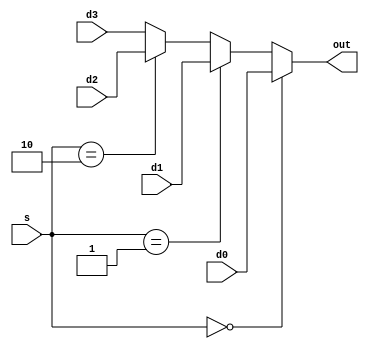
module Mux4(s, d0, d1, d2, d3, out);
	parameter BIT_WIDTH = 32;
	input [1 : 0] s;
	input [BIT_WIDTH - 1 : 0] d0, d1, d2, d3;
	output [BIT_WIDTH - 1 : 0] out;
	assign out = (s == 0) ? d0 : (s == 1) ? d1 : (s == 2) ? d2 : d3;
endmodule